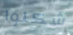
شكلوا